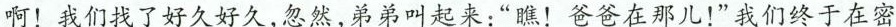
啊！我们找了好久好久，忽然，弟弟叫起来：“瞧！爸爸在那儿！”我们终于在密